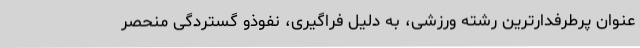
عنوان پرطرفدارترین رشته ورزشی، به دلیل فراگیری، نفوذو گستردگی منحصر